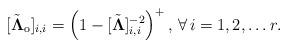
LaTeX: \begin{align*}[\Tilde{\boldsymbol{\Lambda}}_{\rm o}]_{i,i} =\left(1-[\Tilde{\boldsymbol{\Lambda}}]_{i,i}^{-2}\right)^+,\,\forall\,i=1,2,\ldots r.\end{align*}